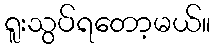
ရူးသွပ်ရတော့မယ်။